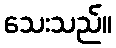
သေးသည်။